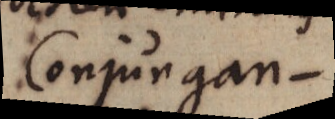
Conjugan-